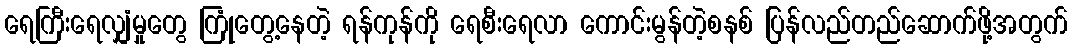
ရေကြီးရေလျှံမှုတွေ ကြုံတွေ့နေတဲ့ ရန်ကုန်ကို ရေစီးရေလာ ကောင်းမွန်တဲ့စနစ် ပြန်လည်တည်ဆောက်ဖို့အတွက်